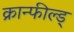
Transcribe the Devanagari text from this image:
क्रान्फील्ड्